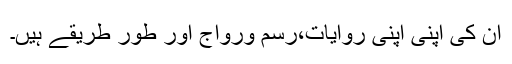
ان کی اپنی اپنی روایات،رسم ورواج اور طور طریقے ہیں۔